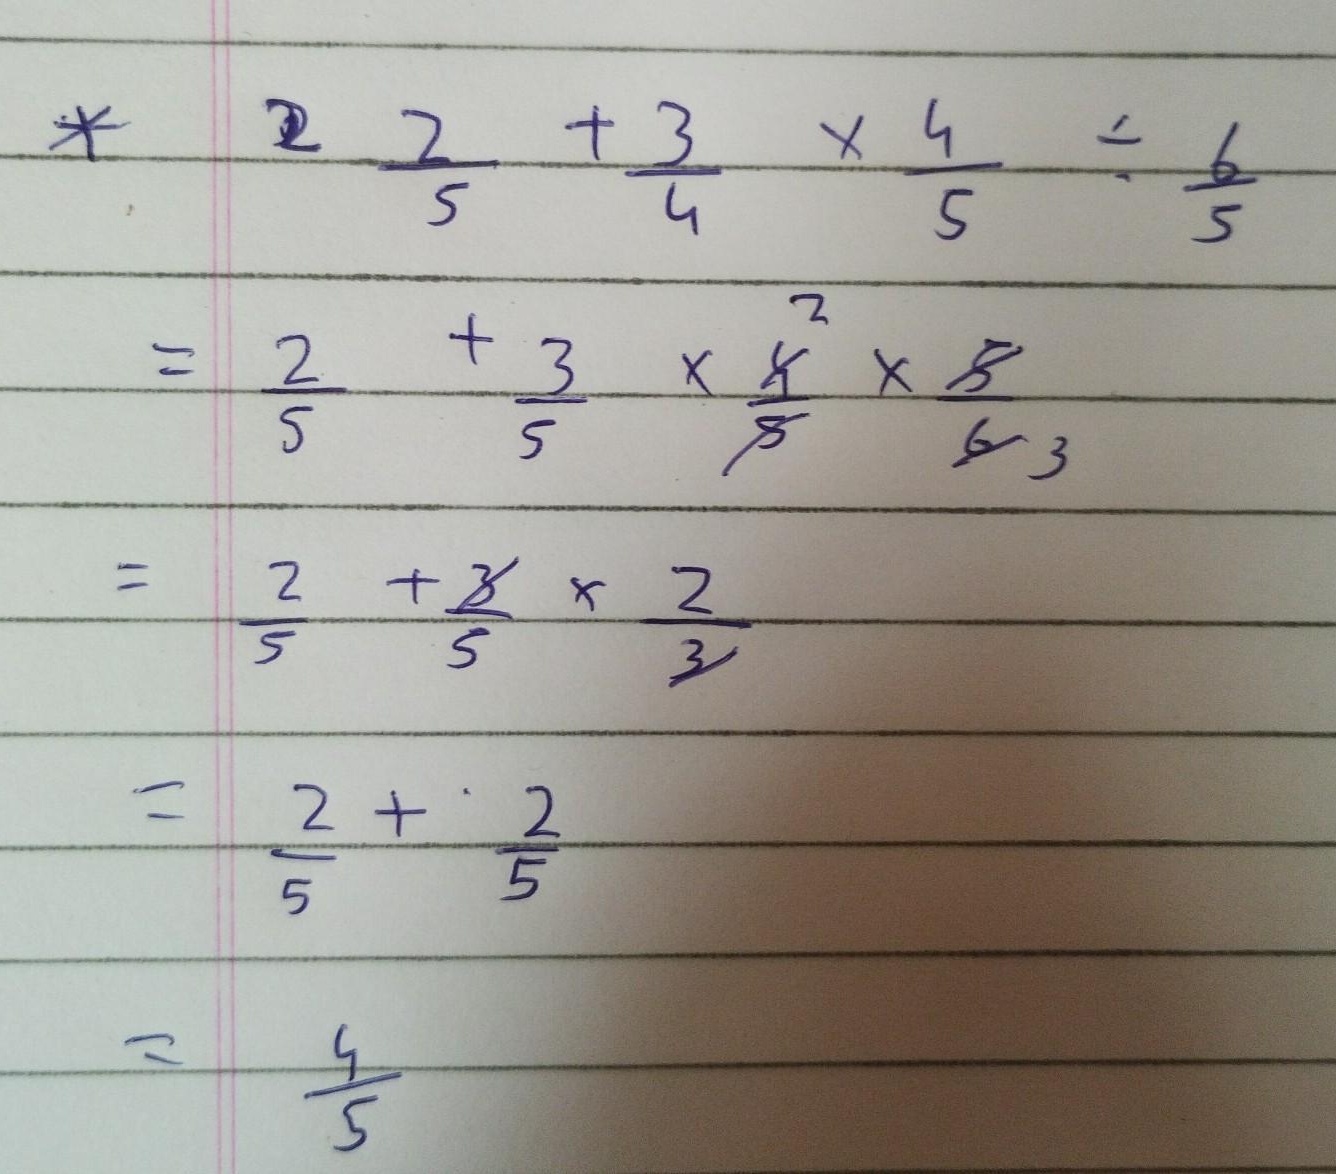
\[
\begin{align*}
&\frac{2}{5}+\frac{3}{4}\times\frac{4}{5}\div\frac{6}{5}\\
=&\frac{2}{5}+\frac{3}{4}\times\frac{4}{5}\times\frac{5}{6}\\
=&\frac{2}{5}+\frac{3}{5}\times\frac{2}{3}\\
=&\frac{2}{5}+\frac{2}{5}\\
=&\frac{4}{5}
\end{align*}
\]